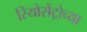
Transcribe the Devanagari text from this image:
रियोसेंट्रोच्या